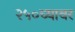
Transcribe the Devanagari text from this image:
२५०च्यावर